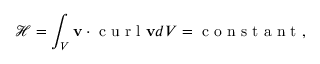
\mathcal { H } = \int _ { V } \mathbf { v } \cdot \textrm { c u r l } \mathbf { v } d V = \textrm { c o n s t a n t } ,